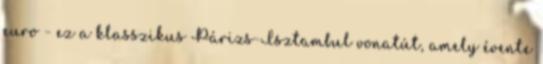
euro - ez a klasszikus Párizs-Isztambul vonatút, amely évente